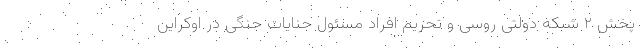
پخش ۲ شبکه دولتی روسی و تحریم افراد مسئول جنایات جنگی در اوکراین